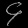
Digit: ၄